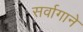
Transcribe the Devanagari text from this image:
सर्वागाने